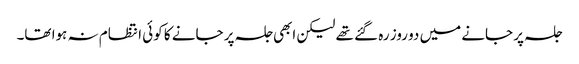
جلسہ پر جانے میں دو روز رہ گئے تھے لیکن ابھی جلسہ پر جانے کا کوئی انتظام نہ ہوا تھا۔